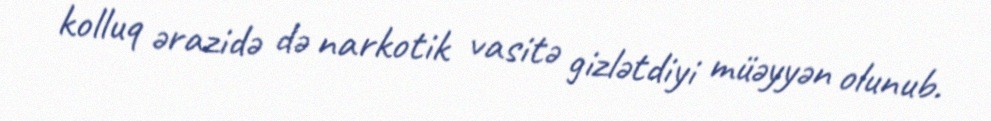
kolluq ərazidə də narkotik vasitə gizlətdiyi müəyyən olunub.